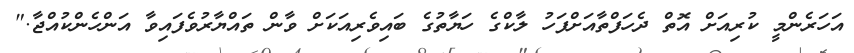
އަހަރެންމީ ކުރިއަށް އޮތް ދެހަފްތާއަށްފަހު ލާކްގެ ހަޔާތުގެ ބައިވެރިއަކަށް ވާން ތައްޔާރުވެފައިވާ އަންހެންކުއްޖާ."